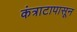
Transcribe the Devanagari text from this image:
कंत्राटापासून